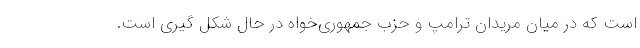
است که در میان مریدان ترامپ و حزب جمهوری‌خواه در حال شکل گیری است.